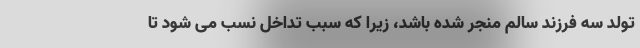
تولد سه فرزند سالم منجر شده باشد، زیرا که سبب تداخل نسب می شود تا